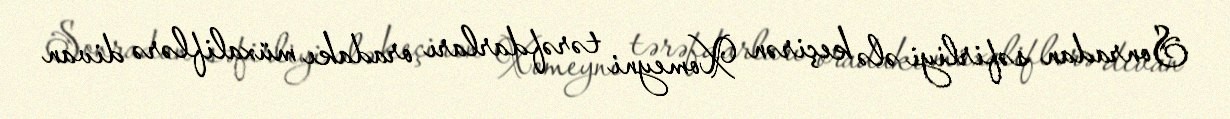
Sonradan səfirliyi ələ keçirən Xomeyni tərəfdarları oradakı müxaliflərə divan